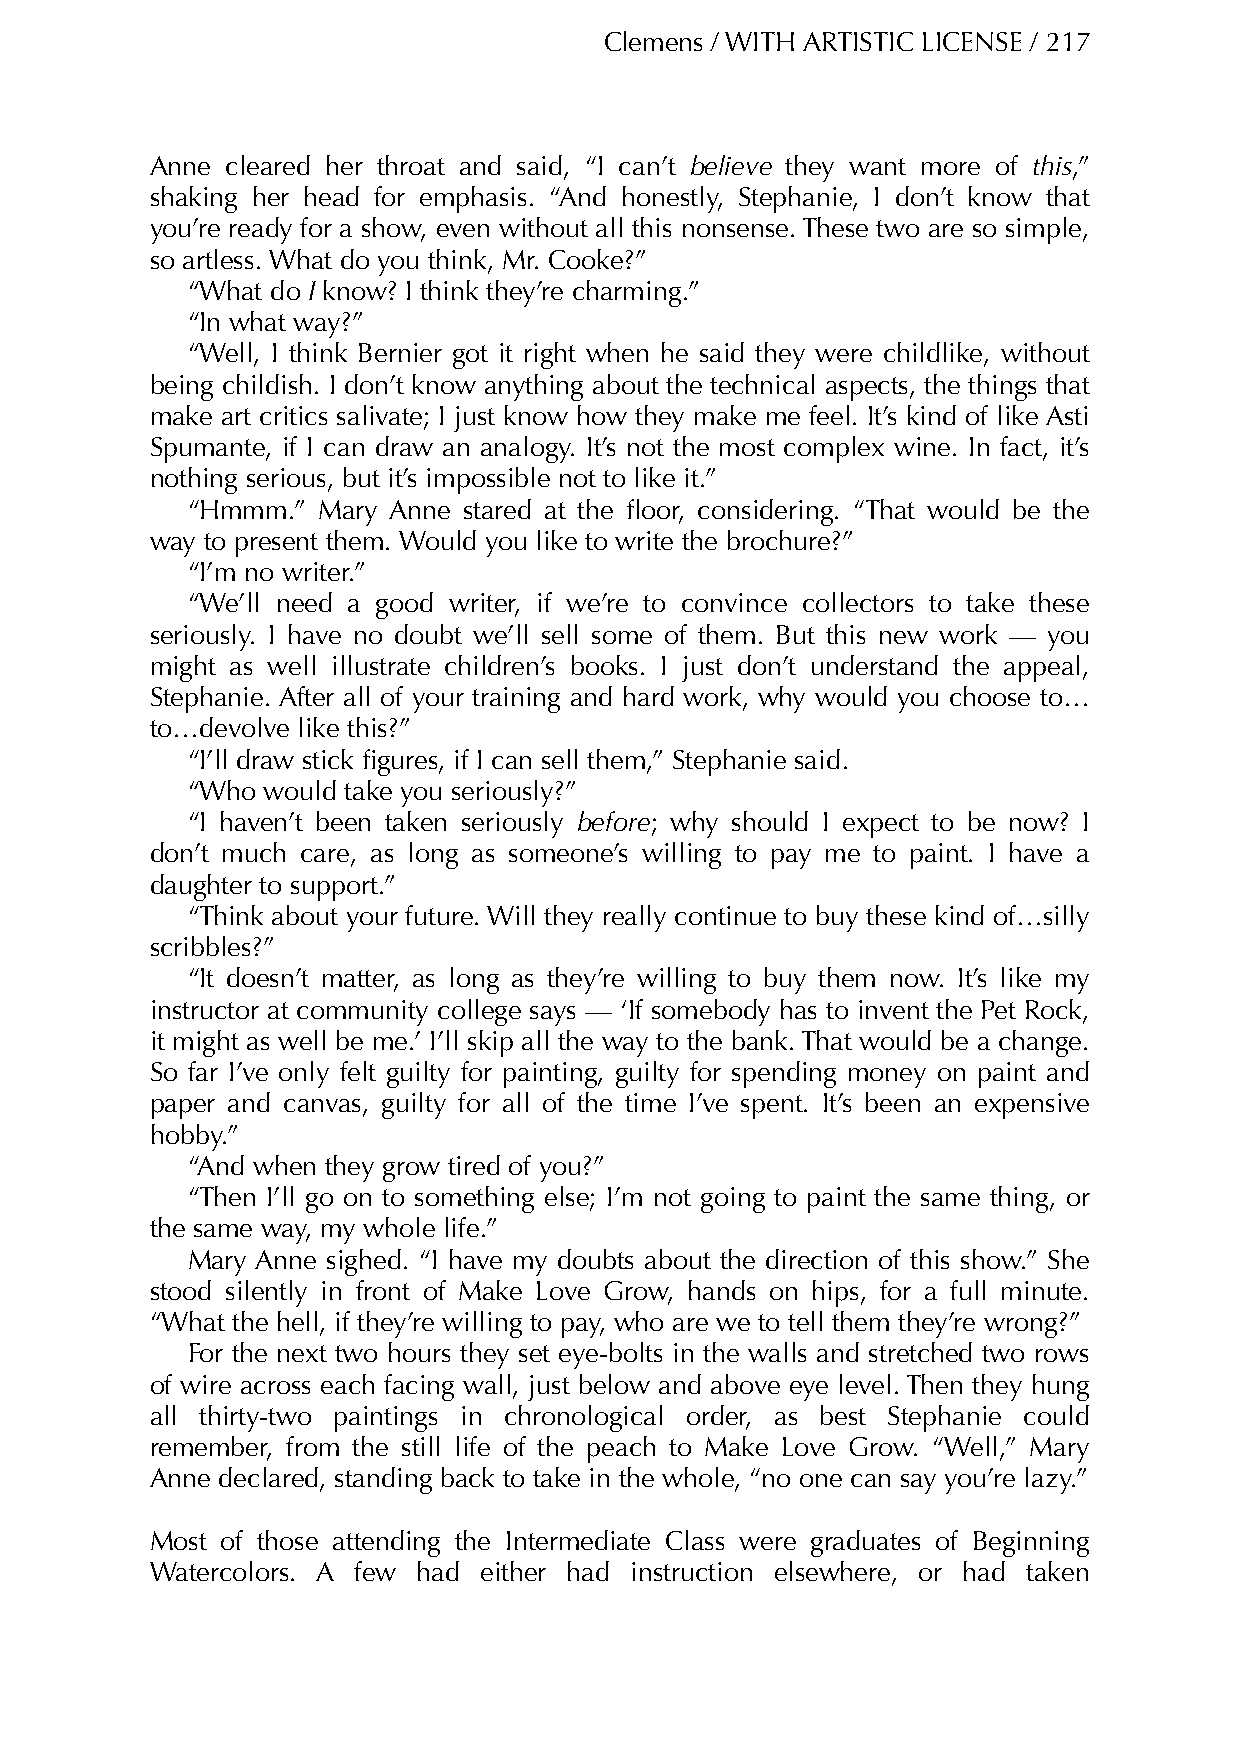
Clemens / WITH ARTISTIC LICENSE / 217
 Anne cleared her throat and said, “I can’t believe they want more of this,”
 shaking her head for emphasis. “And honestly, Stephanie, I don’t know that
 you’re ready for a show, even without all this nonsense. These two are so simple,
 so artless. What do you think, Mr. Cooke?”
 “What do I know? I think they’re charming.”
 “In what way?”
 “Well, I think Bernier got it right when he said they were childlike, without
 being childish. I don’t know anything about the technical aspects, the things that
 make art critics salivate; I just know how they make me feel. It’s kind of like Asti
 Spumante, if I can draw an analogy. It’s not the most complex wine. In fact, it’s
 nothing serious, but it’s impossible not to like it.”
 “Hmmm.”  Mary Anne stared at the floor, considering. “That would be the
 way to present them. Would you like to write the brochure?”
 “I’m no writer.”
 “We’ll need a good writer, if we’re to convince collectors to take these
 seriously. I have no doubt we’ll sell some of them. But this new work — you
 might as well illustrate children’s books. I just don’t understand the appeal,
 Stephanie. After all of your training and hard work, why would you choose to…
 to…devolve like this?”
 “I’ll draw stick figures, if I can sell them,” Stephanie said.
 “Who would take you seriously?”
 “I haven’t been taken seriously before; why should I expect to be now? I
 don’t much care, as long as someone’s willing to pay me to paint. I have a
 daughter to support.”
 “Think about your future. Will they really continue to buy these kind of…silly
 scribbles?”
 “It doesn’t matter, as long as they’re willing to buy them now. It’s like my
 instructor at community college says — ‘If somebody has to invent the Pet Rock,
 it might as well be me.’ I’ll skip all the way to the bank. That would be a change.
 So far I’ve only felt guilty for painting, guilty for spending money on paint and
 paper and canvas, guilty for all of the time I’ve spent. It’s been an expensive
 hobby.”
 “And when they grow tired of you?”
 “Then I’ll go on to something else; I’m not going to paint the same thing, or
 the same way, my whole life.”
 Mary Anne sighed. “I have my doubts about the direction of this show.” She
 stood silently in front of Make Love Grow, hands on hips, for a full minute.
 “What the hell, if they’re willing to pay, who are we to tell them they’re wrong?”
 For the next two hours they set eye-bolts in the walls and stretched two rows
 of wire across each facing wall, just below and above eye level. Then they hung
 all thirty-two paintings in chronological order, as best Stephanie could
 remember, from the still life of the peach to Make Love Grow. “Well,” Mary
 Anne declared, standing back to take in the whole, “no one can say you’re lazy.”
 Most of those attending the Intermediate Class were graduates of Beginning
 Watercolors. A few had either had instruction elsewhere, or had taken